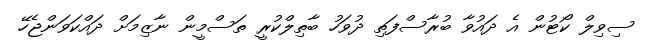
ސިވިލް ކޯޓުން އެ ދައުވާ ބުރާސްފަތި ދުވަހު ބާތިލްކުރީ ތަސްމީން ނާޒިމަށް ދައްކަވަންޖެހޭ